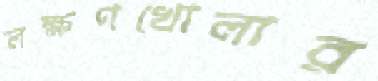
লক্ষণখোলার